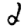
Digit: 2